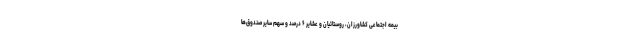
بیمه اجتماعی کشاورزان، روستائیان و عشایر ۶ درصد و سهم سایر صندوق‌ها